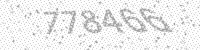
Solution: 778466